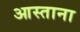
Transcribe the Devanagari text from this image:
आस्ताना